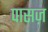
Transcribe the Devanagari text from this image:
पासज़